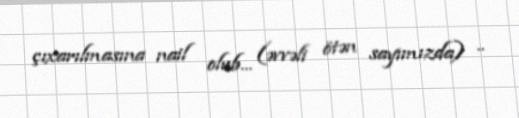
çıxarılmasına nail olub... (əvvəli ötən sayımızda) ..